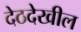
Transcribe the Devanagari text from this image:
देठदेखील